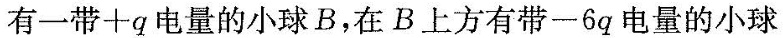
有一带+q电量的小球B，在B上方有带一6q电量的小球